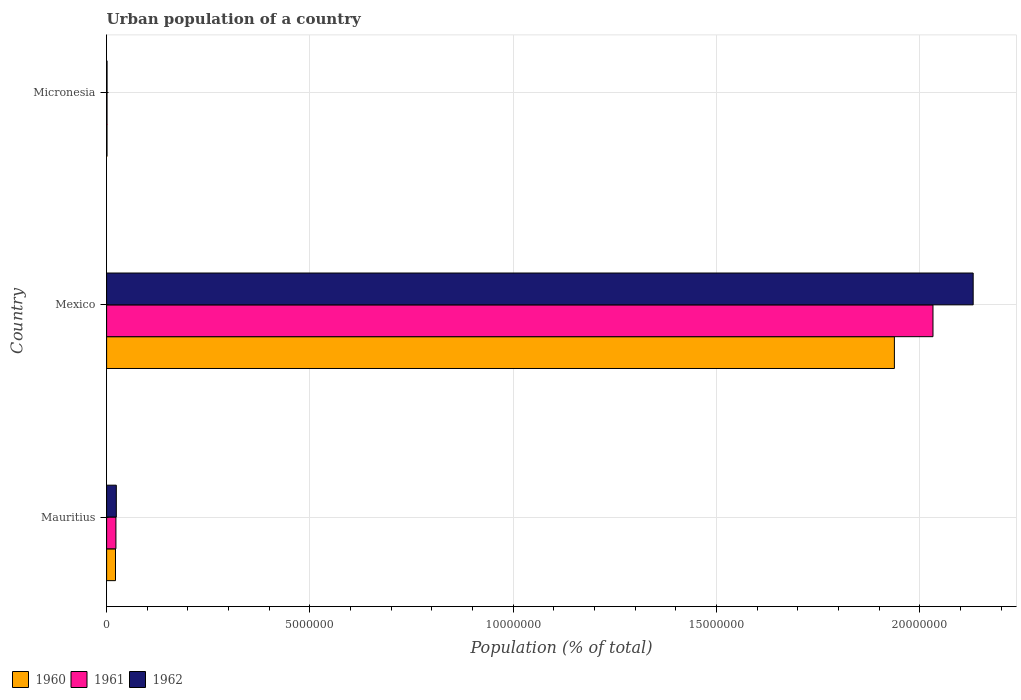
| Country | 1960 | 1961 | 1962 |
 | --- | --- | --- | --- |
 | Mauritius | 2.19e+05 | 2.29e+05 | 2.39e+05 |
 | Mexico | 1.94e+07 | 2.03e+07 | 2.13e+07 |
 | Micronesia | 9.94e+03 | 1.04e+04 | 1.08e+04 |